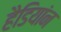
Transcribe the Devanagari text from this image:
हैडियांन